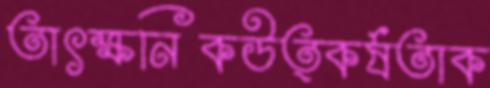
তাৎক্ষনিকউত্কর্ষতাক